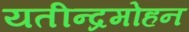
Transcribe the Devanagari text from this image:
यतीन्द्रमोहन